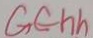
G C h h